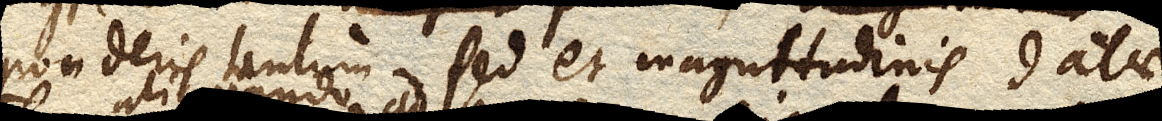
ponderis tantum sed et magnitudinis datae,